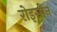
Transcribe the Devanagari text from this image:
रोइसीन